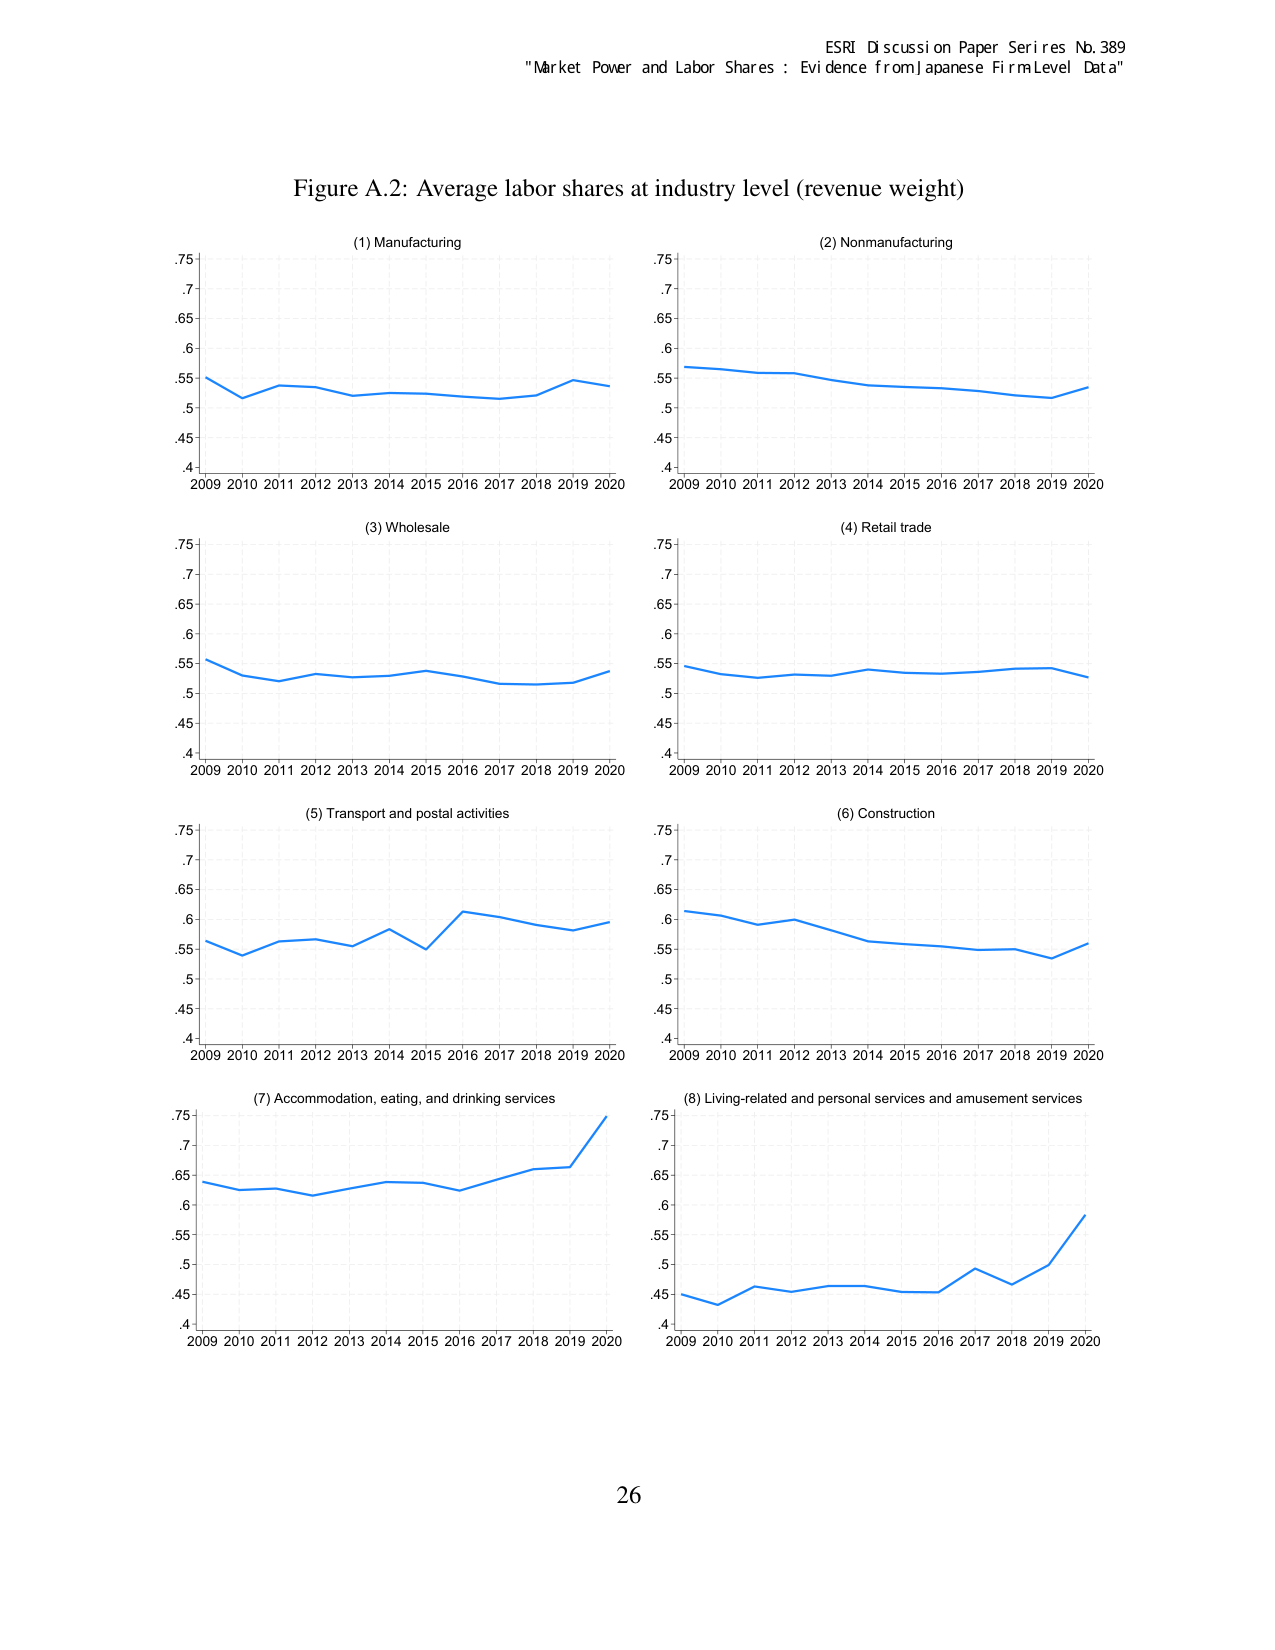
ESRI Discussion Paper Series No. 389
"Market Power and Labor Shares : Evidence from Japanese Firm Level Data"

Figure A.2: Average labor shares at industry level (revenue weight)

(1) Manufacturing
(2) Nonmanufacturing
(3) Wholesale
(4) Retail trade
(5) Transport and postal activities
(6) Construction
(7) Accommodation, eating, and drinking services
(8) Living-related and personal services and amusement services

2009 2010 2011 2012 2013 2014 2015 2016 2017 2018 2019 2020
.4.45.5.55.6.65.7.75

26